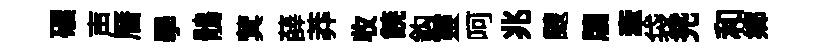
碾声曆學鶻蓂薛莽收𩜙鈎靈呵兆颼牘牽袋兠和郷